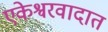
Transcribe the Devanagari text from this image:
एकेश्वरवादात